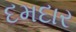
દમદાર